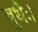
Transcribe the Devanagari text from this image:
बुधैः।